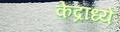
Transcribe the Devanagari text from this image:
केंद्रांध्ये